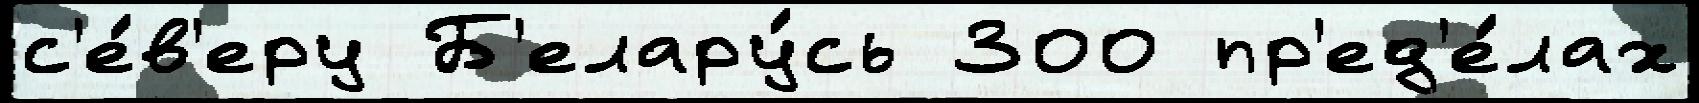
с'е́в'еру Б'елару́сь 300 пр'ед'е́лах